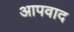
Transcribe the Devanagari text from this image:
आपवाद